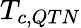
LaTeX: T_{c,QTN}